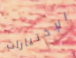
الإختيارات